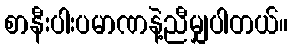
စာနီးပါးပမာဏနဲ့ညီမျှပါတယ်။